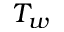
T _ { w }